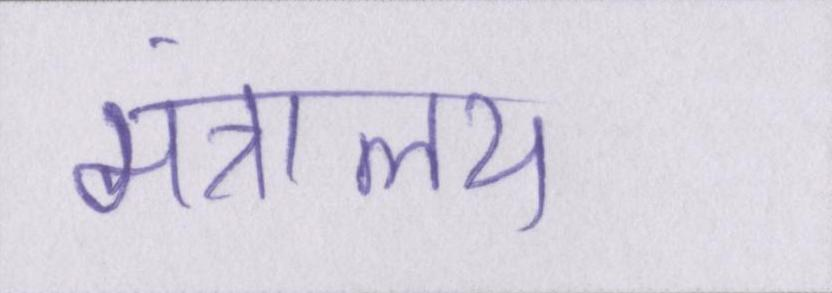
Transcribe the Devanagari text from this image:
मंत्रालय